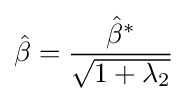
{\hat {\beta }}={\frac {{\hat {\beta }}^{*}}{\sqrt {1+\lambda _{2}}}}